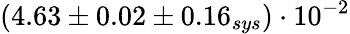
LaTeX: (4.63\pm 0.02\pm 0.16_{sys})\cdot 10^{-2}